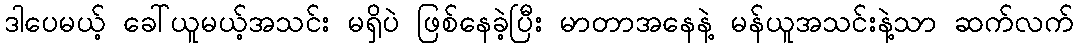
ဒါပေမယ့် ခေါ်ယူမယ့်အသင်း မရှိပဲ ဖြစ်နေခဲ့ပြီး မာတာအနေနဲ့ မန်ယူအသင်းနဲ့သာ ဆက်လက်